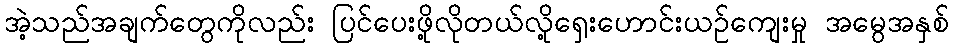
အဲ့သည်အချက်တွေကိုလည်း ပြင်ပေးဖို့လိုတယ်လို့ရှေးဟောင်းယဉ်ကျေးမှု အမွေအနှစ်